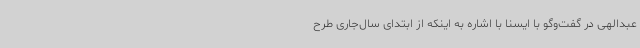
عبدالهی در گفت‌وگو با ایسنا با اشاره به اینکه از ابتدای سال‌جاری طرح